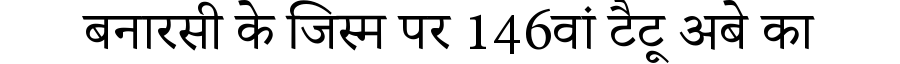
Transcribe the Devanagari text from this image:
बनारसी के जिस्म पर 146वां टैटू अबे का